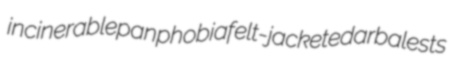
incinerable panphobia felt-jacketed arbalests